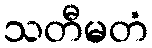
သတီမတံ